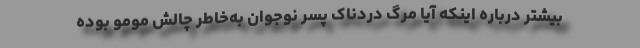
بیشتر درباره اینکه آیا مرگ دردناک پسر نوجوان به‌خاطر چالش مومو بوده